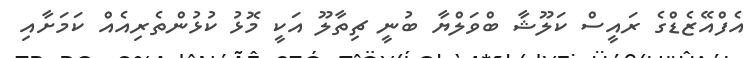
އެފްއޭޒެޑްގެ ރައީސް ކަލޫޝާ ބްވަލްޔާ ބުނީ ޗިތާލޫ އަކީ މޮޅު ކުޅުންތެރިއެއް ކަމަށާއި